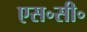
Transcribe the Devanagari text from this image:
एस॰सी॰